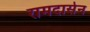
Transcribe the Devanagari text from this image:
रामदासेन